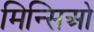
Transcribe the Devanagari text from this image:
मिन्सिओ